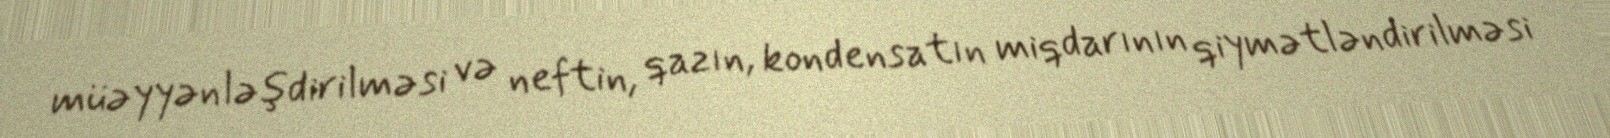
müəyyənləşdirilməsi və neftin, qazın, kondensatın miqdarının qiymətləndirilməsi